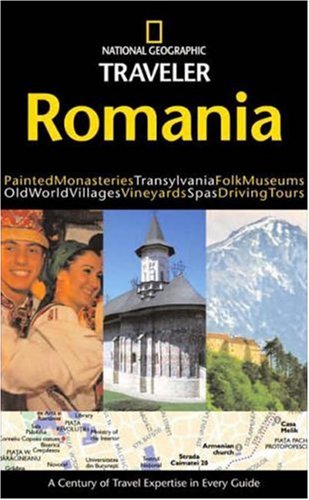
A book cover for National Geographic Traveler: Romania; Caroline Juler; Travel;